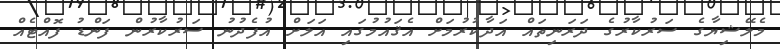
މެލޭޝިޔާގެ ސަރުކާރުގެ ދަރަނިތައް އަދާކުރުމަށް އެޤައުމުގައި އަލަށް އުފެދުނު ސަރުކާރުން ފަންޑު ފޮއްޓެއް